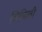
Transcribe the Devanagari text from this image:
सिमिली